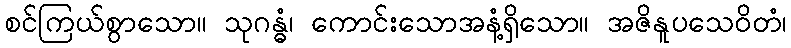
စင်ကြယ်စွာသော။ သုဂန္ဓံ၊ ကောင်းသောအနံ့ရှိသော။ အဇိနူပသေဝိတံ၊